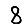
Digit: 8